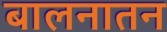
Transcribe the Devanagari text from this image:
बालनातन